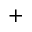
^ +